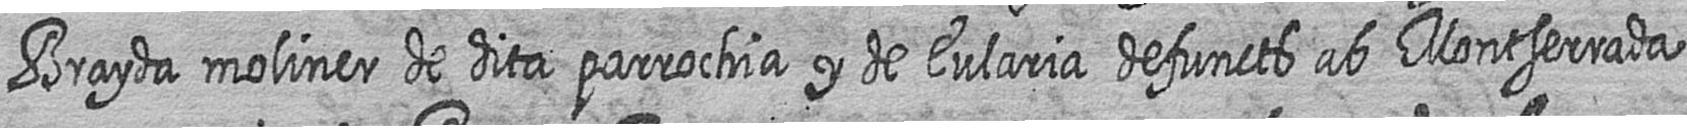
Brayda moliner de dita parrochia y de Eularia defuncts ab Montserrada